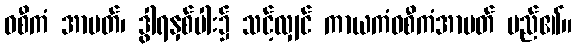
ဝစီကံ အာပတ်၊ ဒွါရနှစ်ပါး၌ သင့်လျှင် ကာယကံဝစီကံအာပတ် မည်၏။